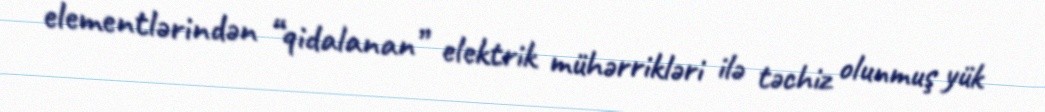
elementlərindən “qidalanan” elektrik mühərrikləri ilə təchiz olunmuş yük